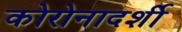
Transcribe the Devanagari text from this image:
कोरोनादर्शी